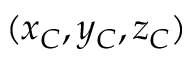
( x _ { C } , y _ { C } , z _ { C } )